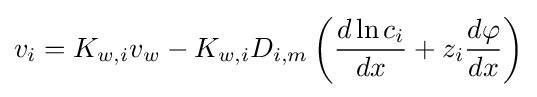
v_{i}=K_{w,i}v_{w}-K_{w,i}D_{i,m}\left({\frac {d\ln c_{i}}{dx}}+z_{i}{\frac {d\varphi }{dx}}\right)